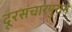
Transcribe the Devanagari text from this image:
दूरसंचारपुराने